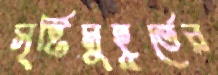
সৃষ্টিমুহূর্তের